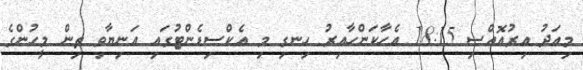
މިއަދު އިރުއޮއްސި 18:15 އެހާކަންހާއިރު ހިނގި މި އެކްސިޑެންޓުގައި އަނިޔާވި ތިން މީހުންގެ